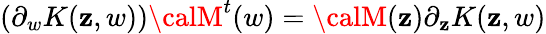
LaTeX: (\partial_{w}K(\mathbf{z},w)){\calM}^{t}(w)={\calM}(\mathbf{z})\partial_{\mathbf{z}}K(\mathbf{z},w)